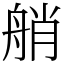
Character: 艄